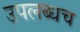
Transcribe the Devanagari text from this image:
उपलब्धच